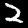
Label: 2